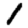
Digit: 1